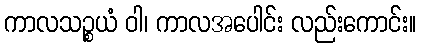
ကာလသဉ္စယံ ဝါ၊ ကာလအပေါင်း လည်းကောင်း။